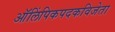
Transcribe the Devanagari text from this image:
ऑलिंपिकपदकविजेता